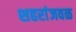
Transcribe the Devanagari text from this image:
शहरांजवळ